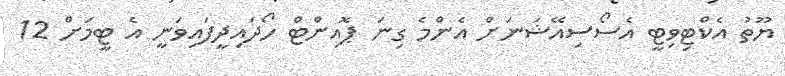
ޔޫތު އެކްޓިވިޓީ އެސޯސިއޭޝަނަށް އެންމެ ގިނަ ޕޮއިންޓް ހޯދައިދީފައިވަނީ އެ ޓީމަށް 12